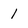
Character: 1